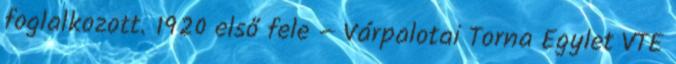
foglalkozott. 1920 első fele – Várpalotai Torna Egylet VTE